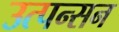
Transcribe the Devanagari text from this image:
उत्पन्सन